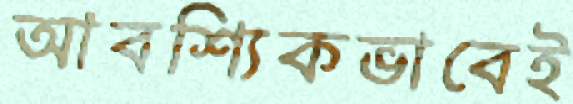
আবশ্যিকভাবেই